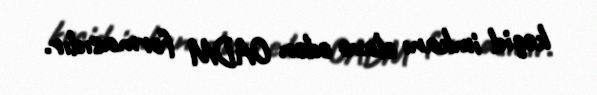
keçid imkanı əlavə edən OADM formasıdır.